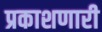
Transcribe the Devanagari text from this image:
प्रकाशणारी